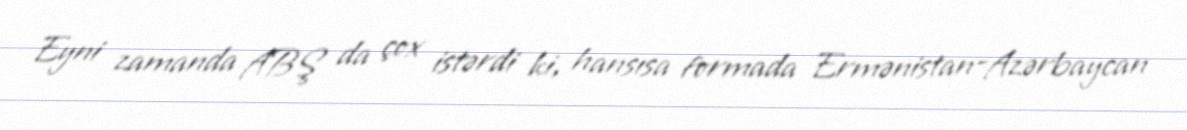
Eyni zamanda ABŞ da çox istərdi ki, hansısa formada Ermənistan-Azərbaycan